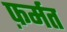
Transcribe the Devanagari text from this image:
फ़र्मत